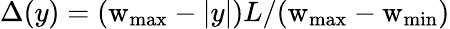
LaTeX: \Delta(y)=(\mathrm{w}_{\mathrm{max}}-|y|)L/(\mathrm{w}_{\mathrm{max}}-\mathrm{w}_{\mathrm{min}})